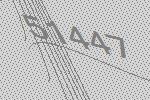
51447